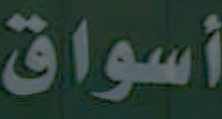
أسواق